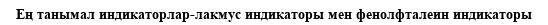
Ең танымал индикаторлар-лакмус индикаторы мен фенолфталеин индикаторы